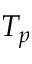
T _ { p }